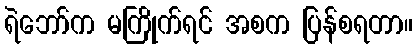
ရဲဘော်က မကြိုက်ရင် အစက ပြန်စရတာ။